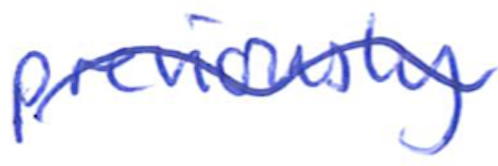
Text: previously
Cross-out: wave
Writing tool: ballpoint